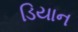
ડિયાન